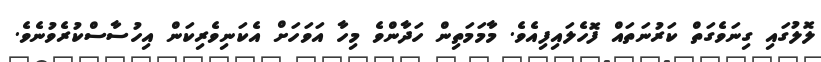
ލޮލުގައި ގިނަވެގަތް ކަރުނަތައް ފޮހެލައިފިއެވެ. މާމަމަތިން ހަދާންވެ މިހާ އަވަހަށް އެކަނިވެރިކަން އިހުސާސްކުރެވުނެވެ.